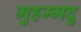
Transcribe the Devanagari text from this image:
मुहम्मदु